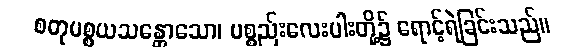
စတုပစ္စယသန္တောသော၊ ပစ္စည်းလေးပါးတို့၌ ရောင့်ရဲခြင်းသည်။